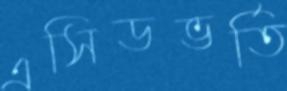
এসিডভর্তি